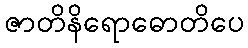
ဇာတိနိရောဓောတိပေ